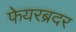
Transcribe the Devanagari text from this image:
फेयरब्रदर